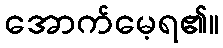
အောက်မေ့ရ၏။